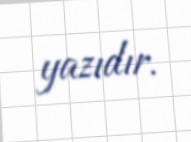
yazıdır.